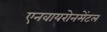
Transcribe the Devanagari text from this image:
एनवायरोनमेंटल